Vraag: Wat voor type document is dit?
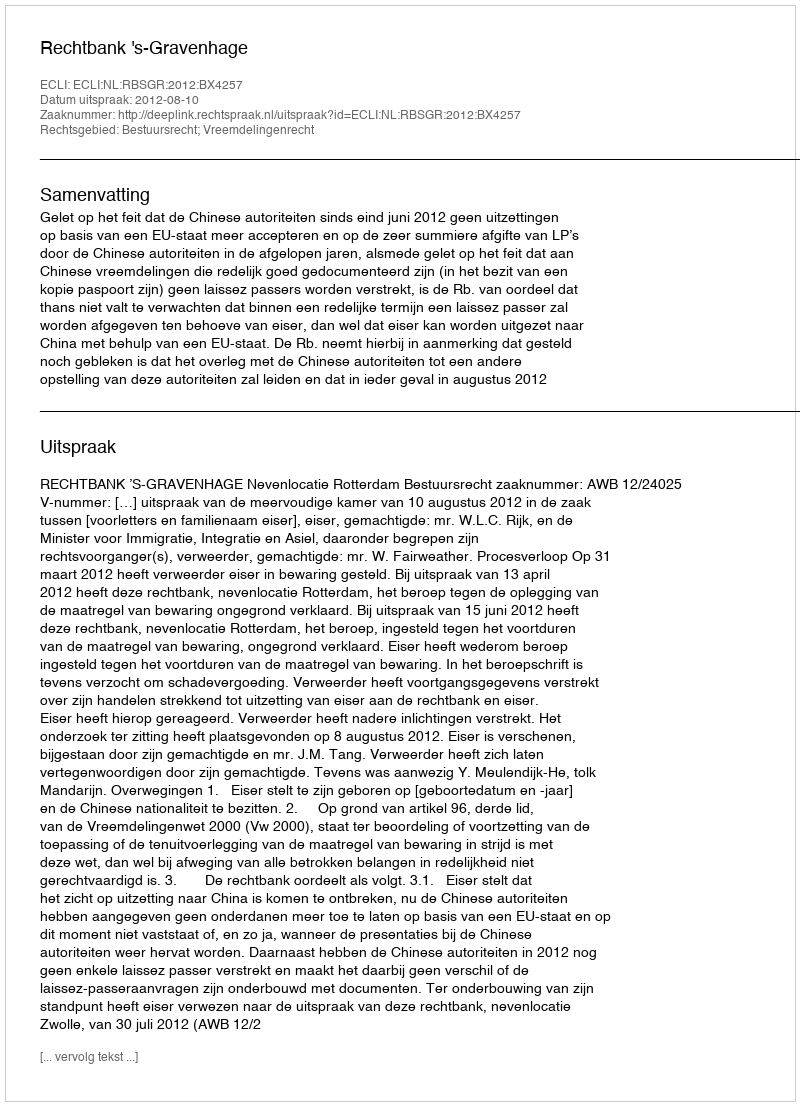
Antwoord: Uitspraak